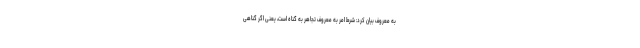
به معروف بیان کرد: شرط امر به معروف تجاهر به گناه است، یعنی اگر گناهی